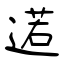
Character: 逽